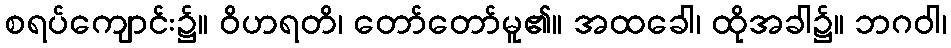
စရပ်ကျောင်း၌။ ဝိဟရတိ၊ တော်တော်မူ၏။ အထခေါ၊ ထိုအခါ၌။ ဘဂဝါ၊